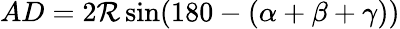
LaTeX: AD=2\mathcal{R}\sin(180-(\alpha+\beta+\gamma))